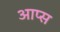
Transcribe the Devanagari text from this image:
आप्स